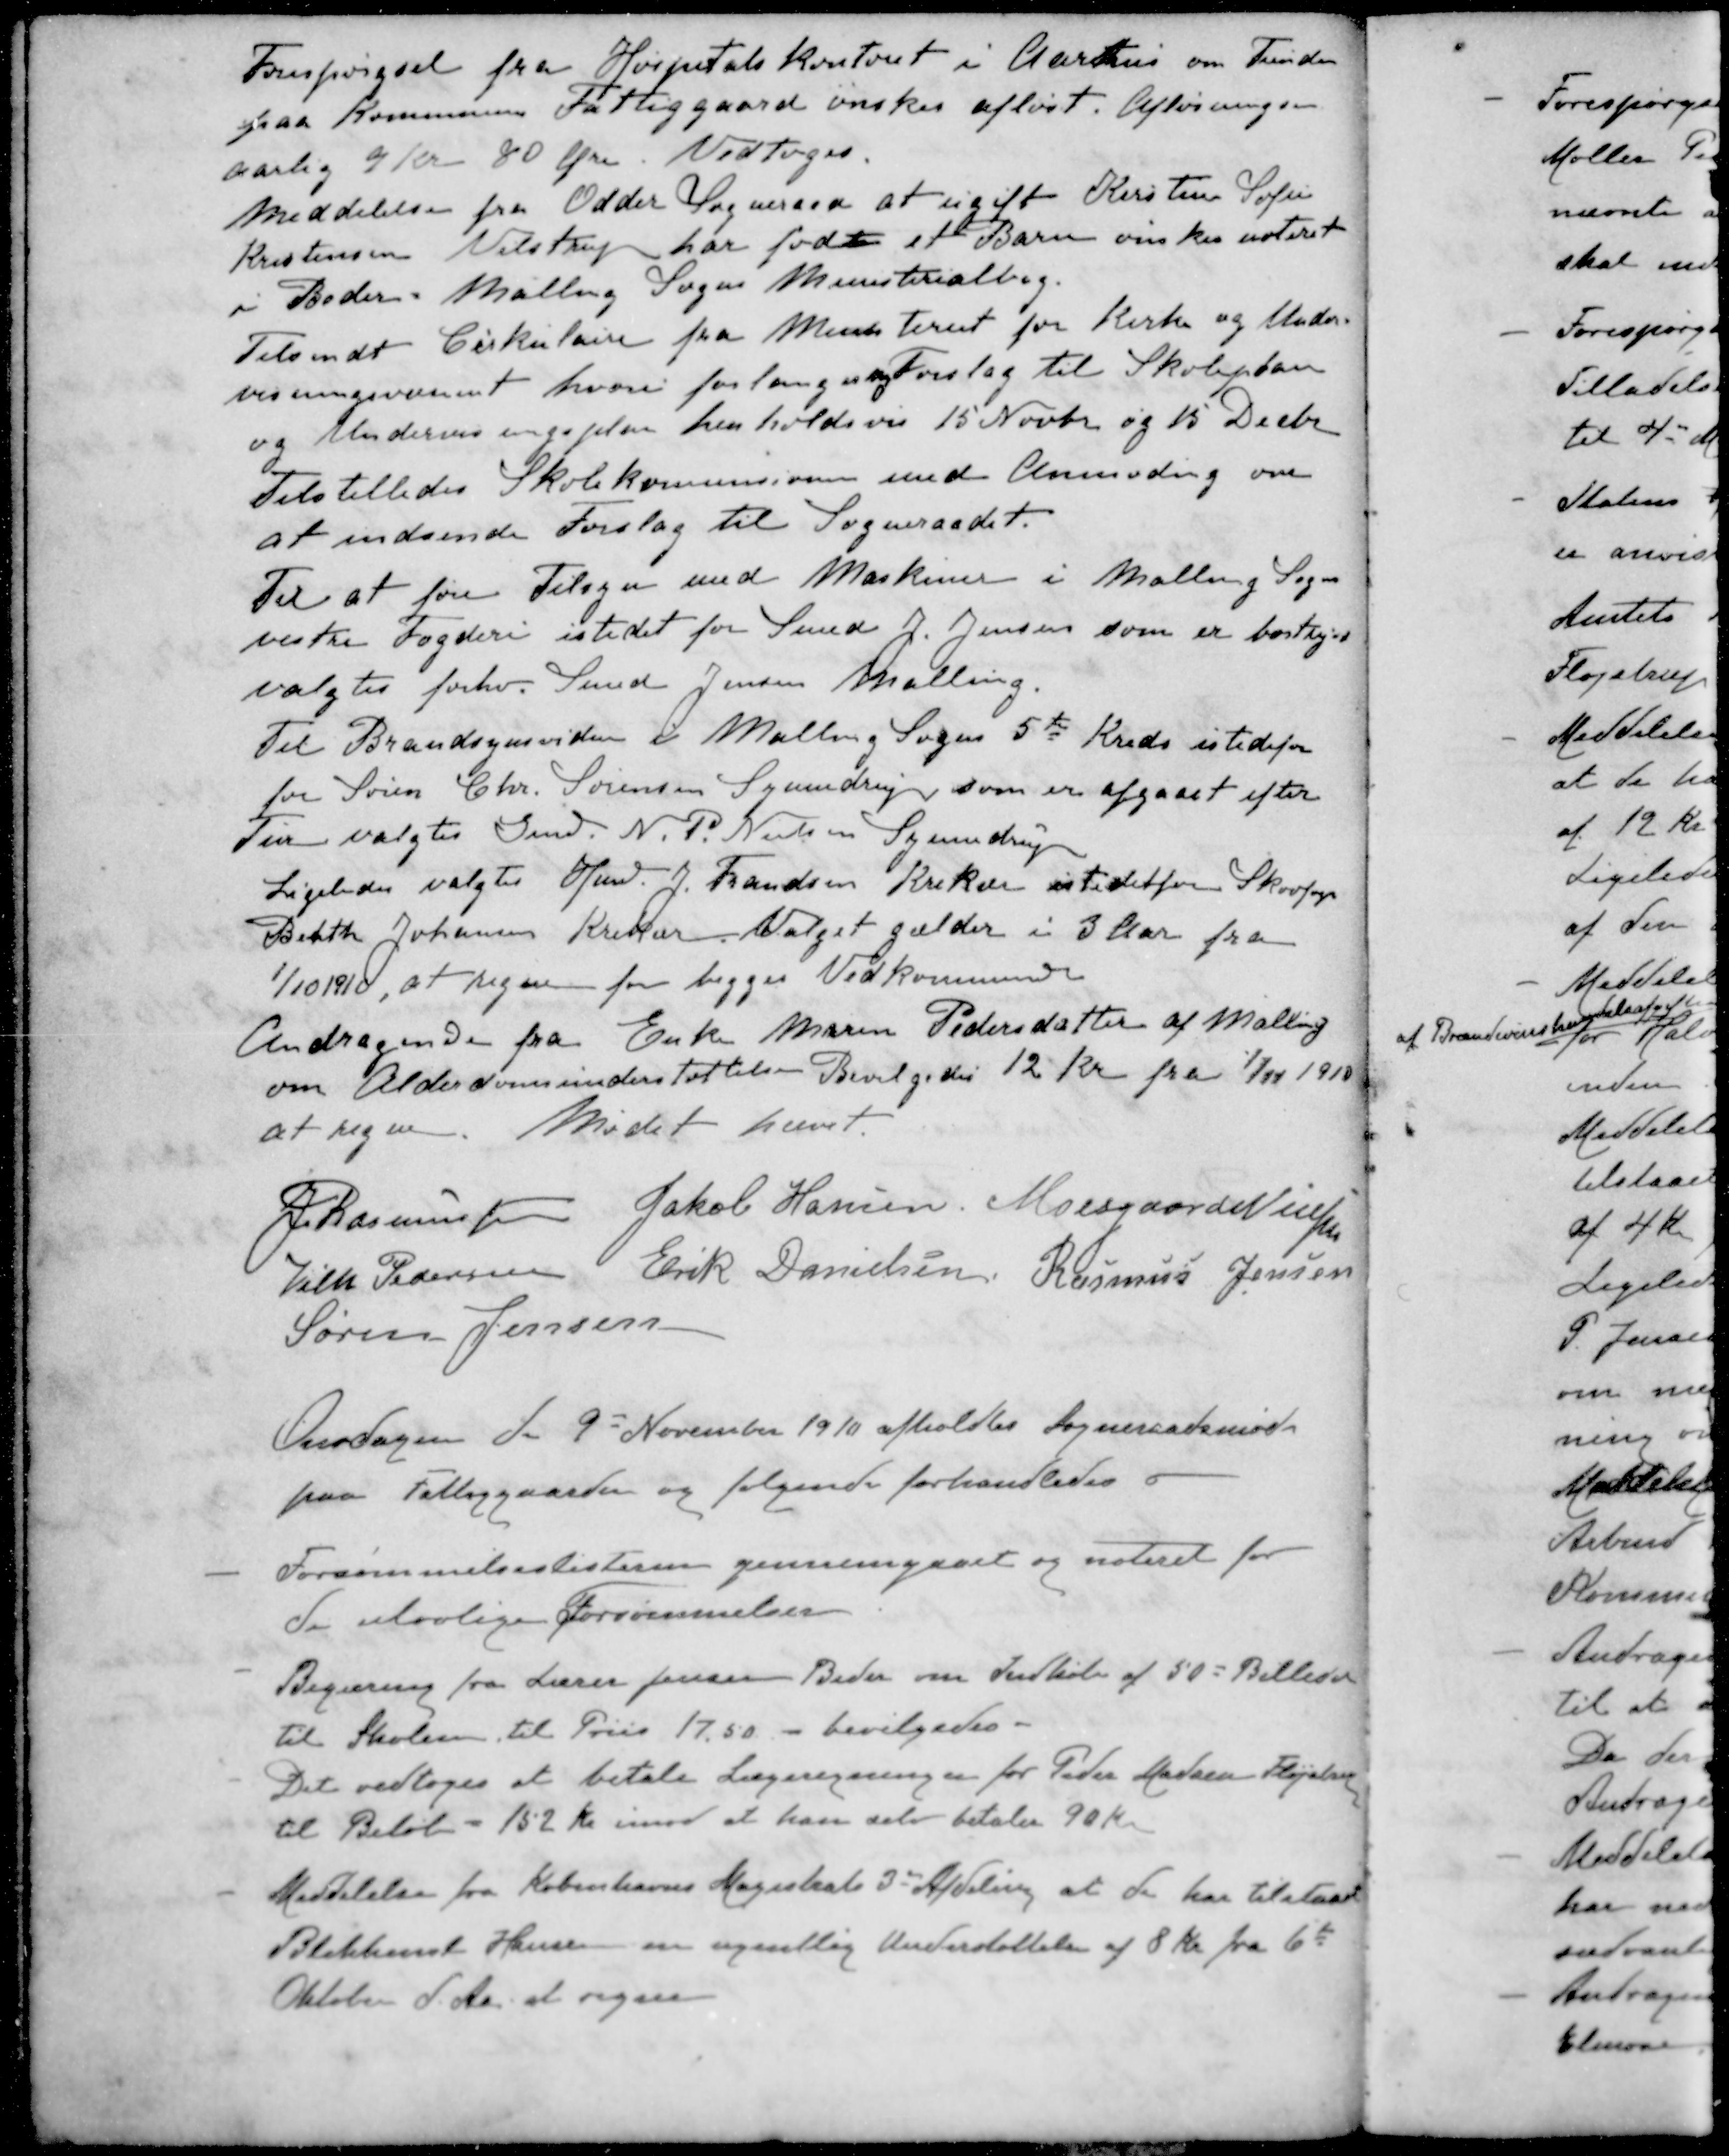
Transskription:
Forespørgsel fra Hospitalskontoret i Aarhus om Tienden
paa Kommunens Fattiggaard ønsker afløst. Afløsningen
aarlig 9 Kr 80 Øre. Vedtoges.
Meddelelse fra Odder Sogneraad at ugifte Kirstine Sofie
Kristensen Vilstrup har født et Barn ønskes noteret
i Beder. Malling Sogns Ministerialbog
Tilsendt Cirkulære fra Ministeriet for Kirke og Under-
visningsvæsenet hvori forlanges Forslag til Skoleplan
og Undervisningsplan henholdsvis 15 Novbr og 15 Decbr
Tilstilledes Skolekommisionen med Anmodning om
at indsende Forslag til Sogneraadet.
Til at føre Tilsyn med Maskiner i Malling Sogn
vestre Fogderi istedet for Smed J. Jensen som er bortlejet
valgtes forhv Smed Jensen Malling.
Til Brandsynsvidne i Malling Sagen 5te Kreds istedefor
for Søren Chr. Sørensen Synnedrup som er afgaaet efter
Tur valgtes Gmd. N. P. Nielsen Synnedrup
Ligeledes valgtes Hmd J. Frandsen Krekær istedetfor Skovfoge
Benth Johansen Krekær Valget gælder i 3 Aar fra
1/10 1910, at regne for begges Vedkommende
Andragende fra Enke Maren Pedersdatter af Malling
om Alderdomsunderstøttelse Bevilgedes 12 Kr fra 1/11 1910
at regne. Mødet hævet.
J Rasmussen
Jakob Hansen
Moesgaard Nielsen
Vilh Pedersen
Erik Danielsen
Rasmus Jensen
Søren Jensen
Onsdagen d. 9d November 1910 afholdtes Sogneraadsmøde
paa Fattiggaarden og følgende forhandledes
- Forsømmelseslisterne gennemgaaet og noteret for
de ulovlige Forsømmelser
- Begæring fra Lærer Jensen Beder om Indkøb af 50 - Billeder
til Skolen til Priis 17,50 - bevilgedes.
- Det vedtoges at betale Lægeregninger for Peder Madsen Fløjstrup
til Beløb - 152 Kr. imod at han selv betaler 90 Kr.
- Meddelelse fra Københavns Magistrats 3' Afdeling at de har tilstaaet
Blikkensl Hansen en ugentlig Understøttelse af 8 Kr fra 6te
Oktober d. Aa. at regne